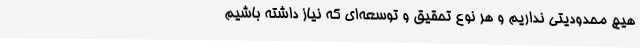
هیچ محدودیتی نداریم و هر نوع تحقیق و توسعه‌ای که نیاز داشته باشیم